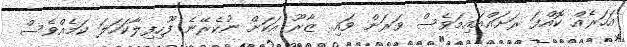
އަހަރެއް ކޮއްފަ ރަށައްއައިމަވެސް ވަރަށް ވައި.. ޒާރޫ އަކަށް ނުކެރޭނެ ފޫހިފިލާކަހަލަ ކަމެއްވެސް